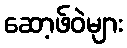
ဆော့ဖ်ဝဲများ